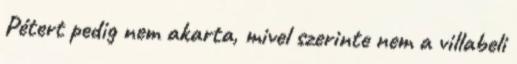
Pétert pedig nem akarta, mivel szerinte nem a villabeli